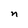
Character: n